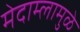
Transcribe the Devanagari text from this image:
मेदाम्लामुळे